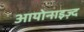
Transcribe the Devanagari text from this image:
आयोनाइज़्द